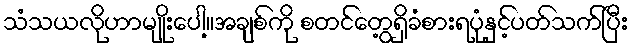
သံသယလိုဟာမျိုးပေါ့။အချစ်ကို စတင်တွေ့ရှိခံစားရပုံနှင့်ပတ်သက်ပြီး